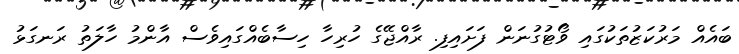
ބައެއް މަރުކަޒުތަކުގައި ވޯޓުގުނަން ފަށައިފި. ރާއްޖޭގެ ހުރިހާ ހިސާބެއްގައިވެސް އާންމު ހާލަތު ރަނގަޅު